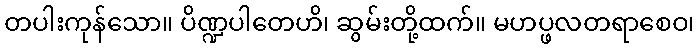
တပါးကုန်သော။ ပိဏ္ဍပါတေဟိ၊ ဆွမ်းတို့ထက်။ မဟပ္ဖလတရာစေဝ၊